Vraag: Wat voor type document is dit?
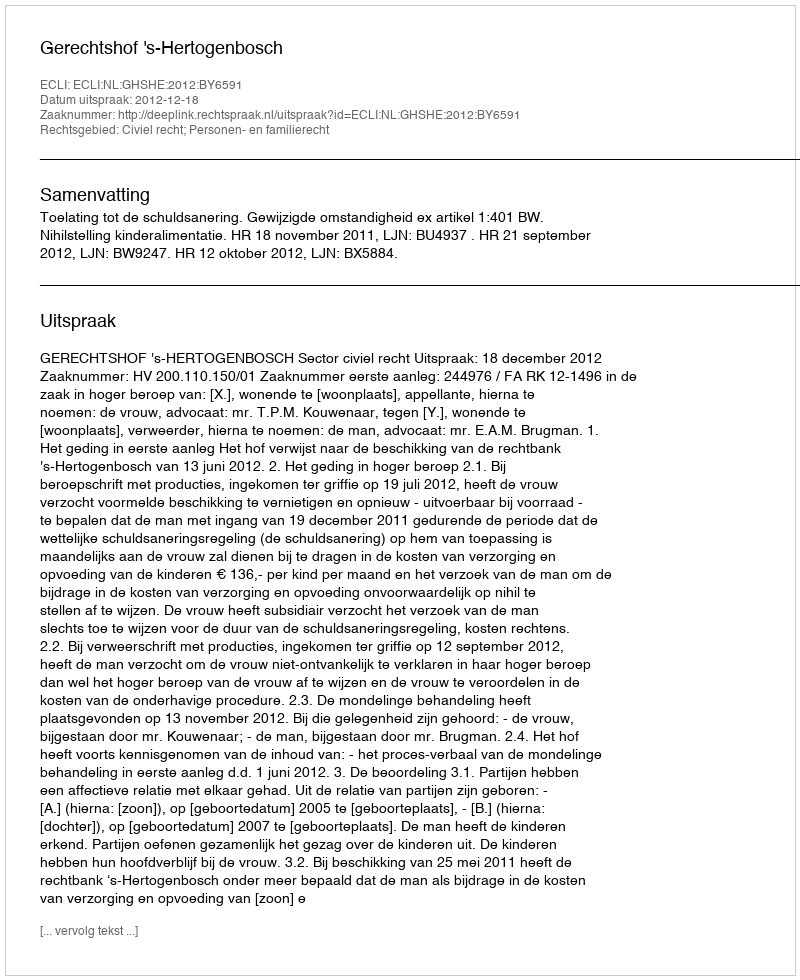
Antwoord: Uitspraak